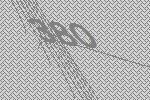
380